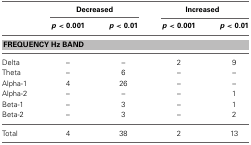
<table><thead><tr><td></td><td colspan="2"><b>Decreased</b></td><td colspan="2"><b>Increased</b></td></tr><tr><td></td><td><b><i>p</i> &lt; 0.001</b></td><td><b><i>p</i> &lt; 0.01</b></td><td><b><i>p</i> &lt; 0.001</b></td><td><b><i>p</i> &lt; 0.01</b></td></tr></thead><tbody><tr><td colspan="5"><b>FREQUENCY Hz BAND</b></td></tr><tr><td>Delta</td><td>–</td><td>–</td><td>2</td><td>9</td></tr><tr><td>Theta</td><td>–</td><td>6</td><td>–</td><td>–</td></tr><tr><td>Alpha-1</td><td>4</td><td>26</td><td>–</td><td>–</td></tr><tr><td>Alpha-2</td><td>–</td><td>–</td><td>–</td><td>1</td></tr><tr><td>Beta-1</td><td>–</td><td>3</td><td>–</td><td>1</td></tr><tr><td>Beta-2</td><td>–</td><td>3</td><td>–</td><td>2</td></tr><tr><td>Total</td><td>4</td><td>38</td><td>2</td><td>13</td></tr></tbody></table>